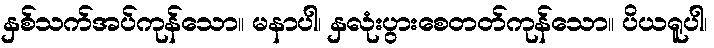
နှစ်သက်အပ်ကုန်သော။ မနာပါ၊ နှလုံးပွားစေတတ်ကုန်သော။ ပိယရူပါ၊